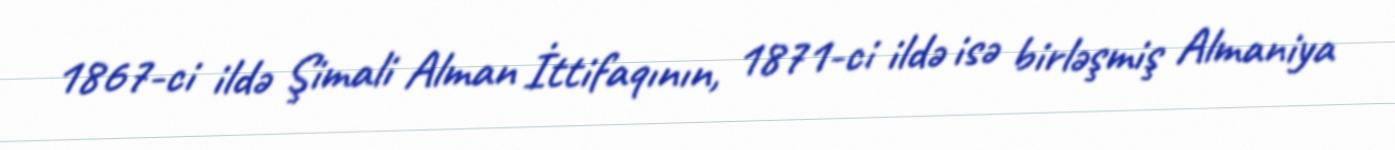
1867-ci ildə Şimali Alman İttifaqının, 1871-ci ildə isə birləşmiş Almaniya